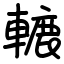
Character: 轆